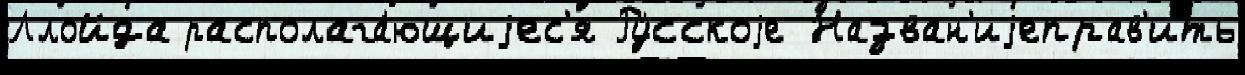
Ллойда располага́ющиjес'я Ру́сскоjе Назван'иjеправ'ить